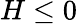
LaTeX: H\le 0